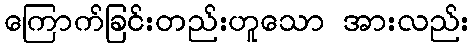
ကြောက်ခြင်းတည်းဟူသော အားလည်း